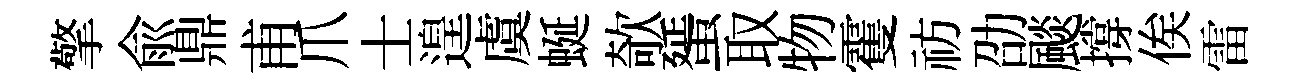
擎兪鼎甫爪士遑虞蜒欹蜑取物䨥祊劭颷撐俟雷